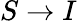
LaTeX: S\to I